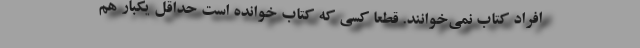
افراد کتاب نمی‌خوانند. قطعا کسی که کتاب خوانده است حداقل یکبار هم